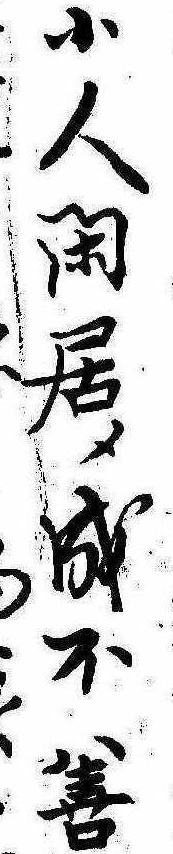
小人閑居成不善